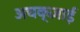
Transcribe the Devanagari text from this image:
अचक्ज़ाई